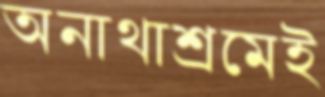
অনাথাশ্রমেই